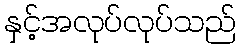
နှင့်အလုပ်လုပ်သည်